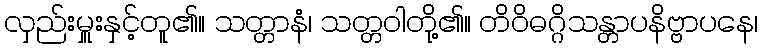
လှည်းမှူးနှင့်တူ၏။ သတ္တာနံ၊ သတ္တဝါတို့၏။ တိဝိဓဂ္ဂိသန္တာပနိဗ္ဗာပနေ၊